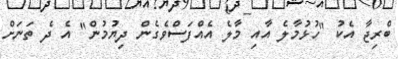
ބްރިޖާ އެކު "ހުޅުމާލެ އާއި މާލެ އެއްފަސްވެގެން ދިޔުމުން" އެ ދެ ތަނަށް